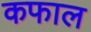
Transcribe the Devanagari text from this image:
कफाल